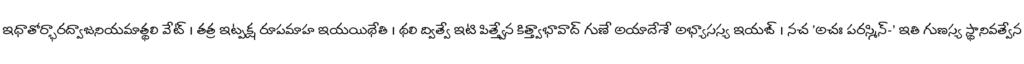
ఇధాతోర్భారద్వాజనియమాత్థలి వేట్ । తత్ర ఇట్పక్ష రూపమాహ ఇయయిథేతి । థలి ద్విత్వే ఇటి పిత్త్వేన కిత్త్వాభావాద్ గుణే అయాదేశే అభ్యాసస్య ఇయఙ్ । నచ 'అచః పరస్మిన్-' ఇతి గుణస్య స్థానివత్వేన